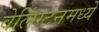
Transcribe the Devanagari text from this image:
वेलिंग्टनमध्ये